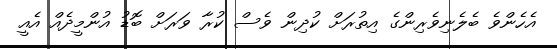
އެހެންވެ ބެލެނިވެރިންގެ އިތުރަށް ކުދިން ވެސް ކުރާ ވަރަށް ބޮޑު އުންމީދެއް އެއީ